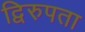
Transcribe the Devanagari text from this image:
द्विरुपता